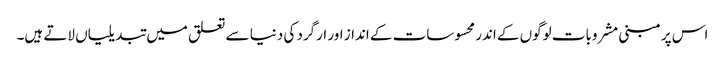
اس پر مبنی مشروبات لوگوں کے اندر محسوسات کے انداز اور ارگرد کی دنیا سے تعلق میں تبدیلیاں لاتے ہیں۔